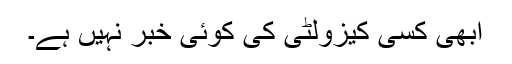
ابھی کسی کیزولٹی کی کوئی خبر نہیں ہے۔